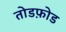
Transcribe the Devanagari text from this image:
तोडफ़ोड